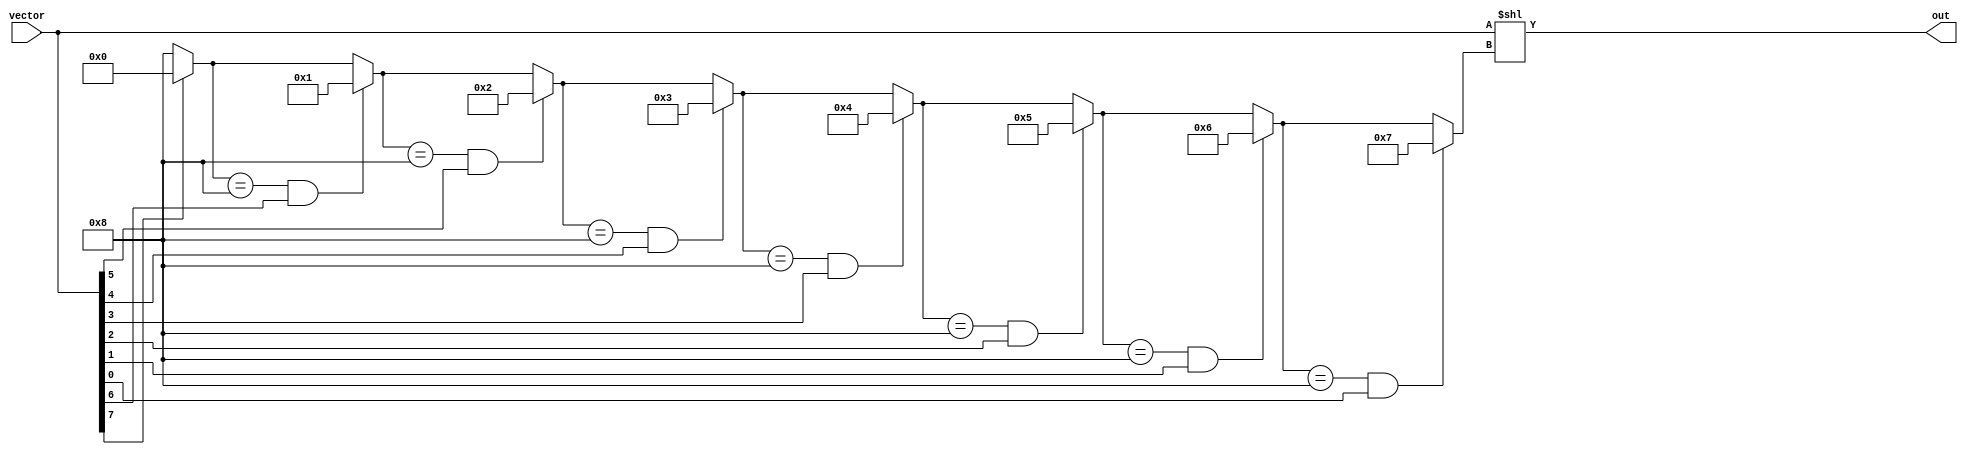
module normalization_module
#(
        parameter DATA_W = 8
)
(
        input  wire [DATA_W - 1 : 0] vector,
        output wire [DATA_W - 1 : 0] out
);


wire [$clog2(DATA_W): 0] counter [DATA_W - 1 : 0];

genvar i;
generate for (i = 0; i < DATA_W; i = i + 1)
begin: loop
        if (i == 0) begin
                assign counter[i] = (vector[DATA_W - 1] == 1) ? 0 : DATA_W;
        end
        else begin
                assign counter[i] = ((counter[i - 1] == DATA_W) && (vector[DATA_W - 1 - i] == 1)) ? i : counter[i - 1]; 
        end
end
endgenerate

assign out = vector << counter[DATA_W - 1];

endmodule